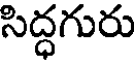
సిద్ధగురు